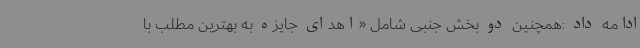
ادامه داد :همچنین دو بخش جنبی شامل «اهدای جایزه به بهترین مطلب با